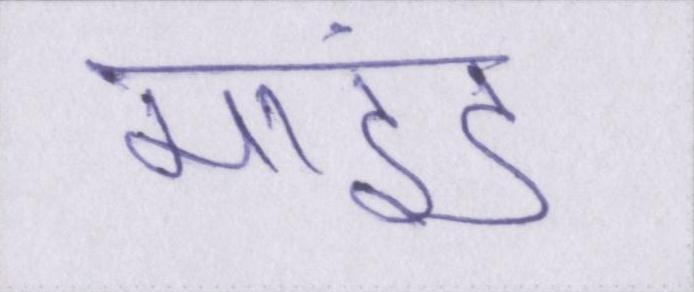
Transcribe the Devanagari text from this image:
माइंड